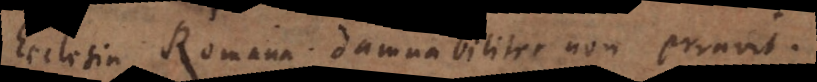
Ecclesia Romana damnabiliter non erravit.